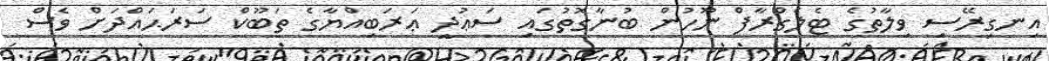
އިނގިރޭސި ވިލާތުގެ ޓެލެގްރާފް ނޫހުން ބުނާގޮތުގައި ސަޢުދީ ޢަރަބިއްޔާގެ ތަބޫކް ސަރަޙައްދަށް ވެސް